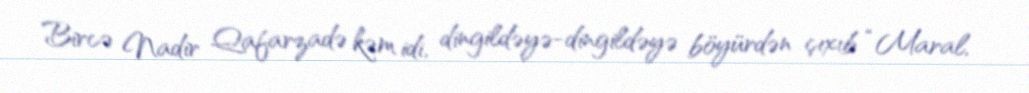
Bircə Nadir Qafarzadə kəm idi, dingildəyə-dingildəyə böyürdən çıxıb “Maral,